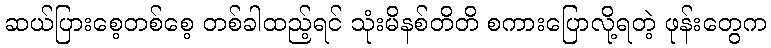
ဆယ်ပြားစေ့တစ်စေ့ တစ်ခါထည့်ရင် သုံးမိနစ်တိတိ စကားပြောလို့ရတဲ့ ဖုန်းတွေက